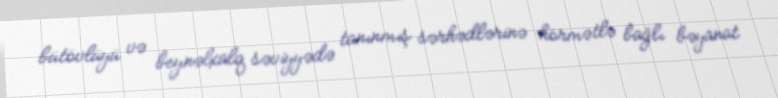
bütövlüyü və beynəlxalq səviyyədə tanınmış sərhədlərinə hörmətlə bağlı bəyanat